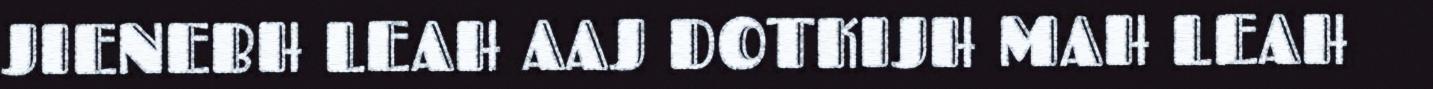
JIENEBH LEAH AAJ DOTKIJH MAH LEAH